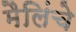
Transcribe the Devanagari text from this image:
मैलिंचे